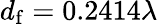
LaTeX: d_{\mathrm{f}}=0.2414\lambda